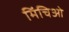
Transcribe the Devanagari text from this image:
मिंचिओ